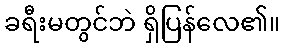
ခရီးမတွင်ဘဲ ရှိပြန်လေ၏။